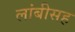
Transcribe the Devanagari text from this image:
लांबीसह